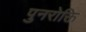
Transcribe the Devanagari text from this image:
पुनरोक्ति